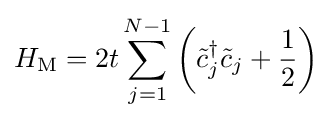
H_{\rm {M}}=2t\sum _{j=1}^{N-1}\left({\tilde {c}}_{j}^{\dagger }{\tilde {c}}_{j}+{\frac {1}{2}}\right)